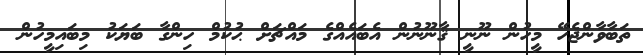
ތަބާވާންޖެހޭ މީހުން ނޫނީ ޤާނޫނުން އެބައެއްގެ މައްޗަށް ޙުކުމް ހިންގާ ބަޔަކު މިބައިމީހުން